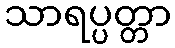
သာရပ္ပတ္တာ